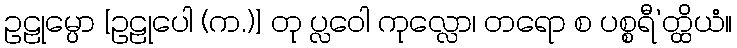
ဥဠုမ္ပော [ဥဠုပေါ (က.)] တု ပ္လဝေါ ကုလ္လော၊ တရော စ ပစ္စရီ’တ္ထိယံ။